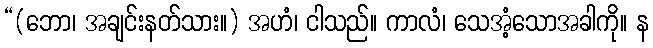
“(ဘော၊ အချင်းနတ်သား။) အဟံ၊ ငါသည်။ ကာလံ၊ သေအံ့သောအခါကို။ န